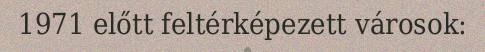
1971 előtt feltérképezett városok: